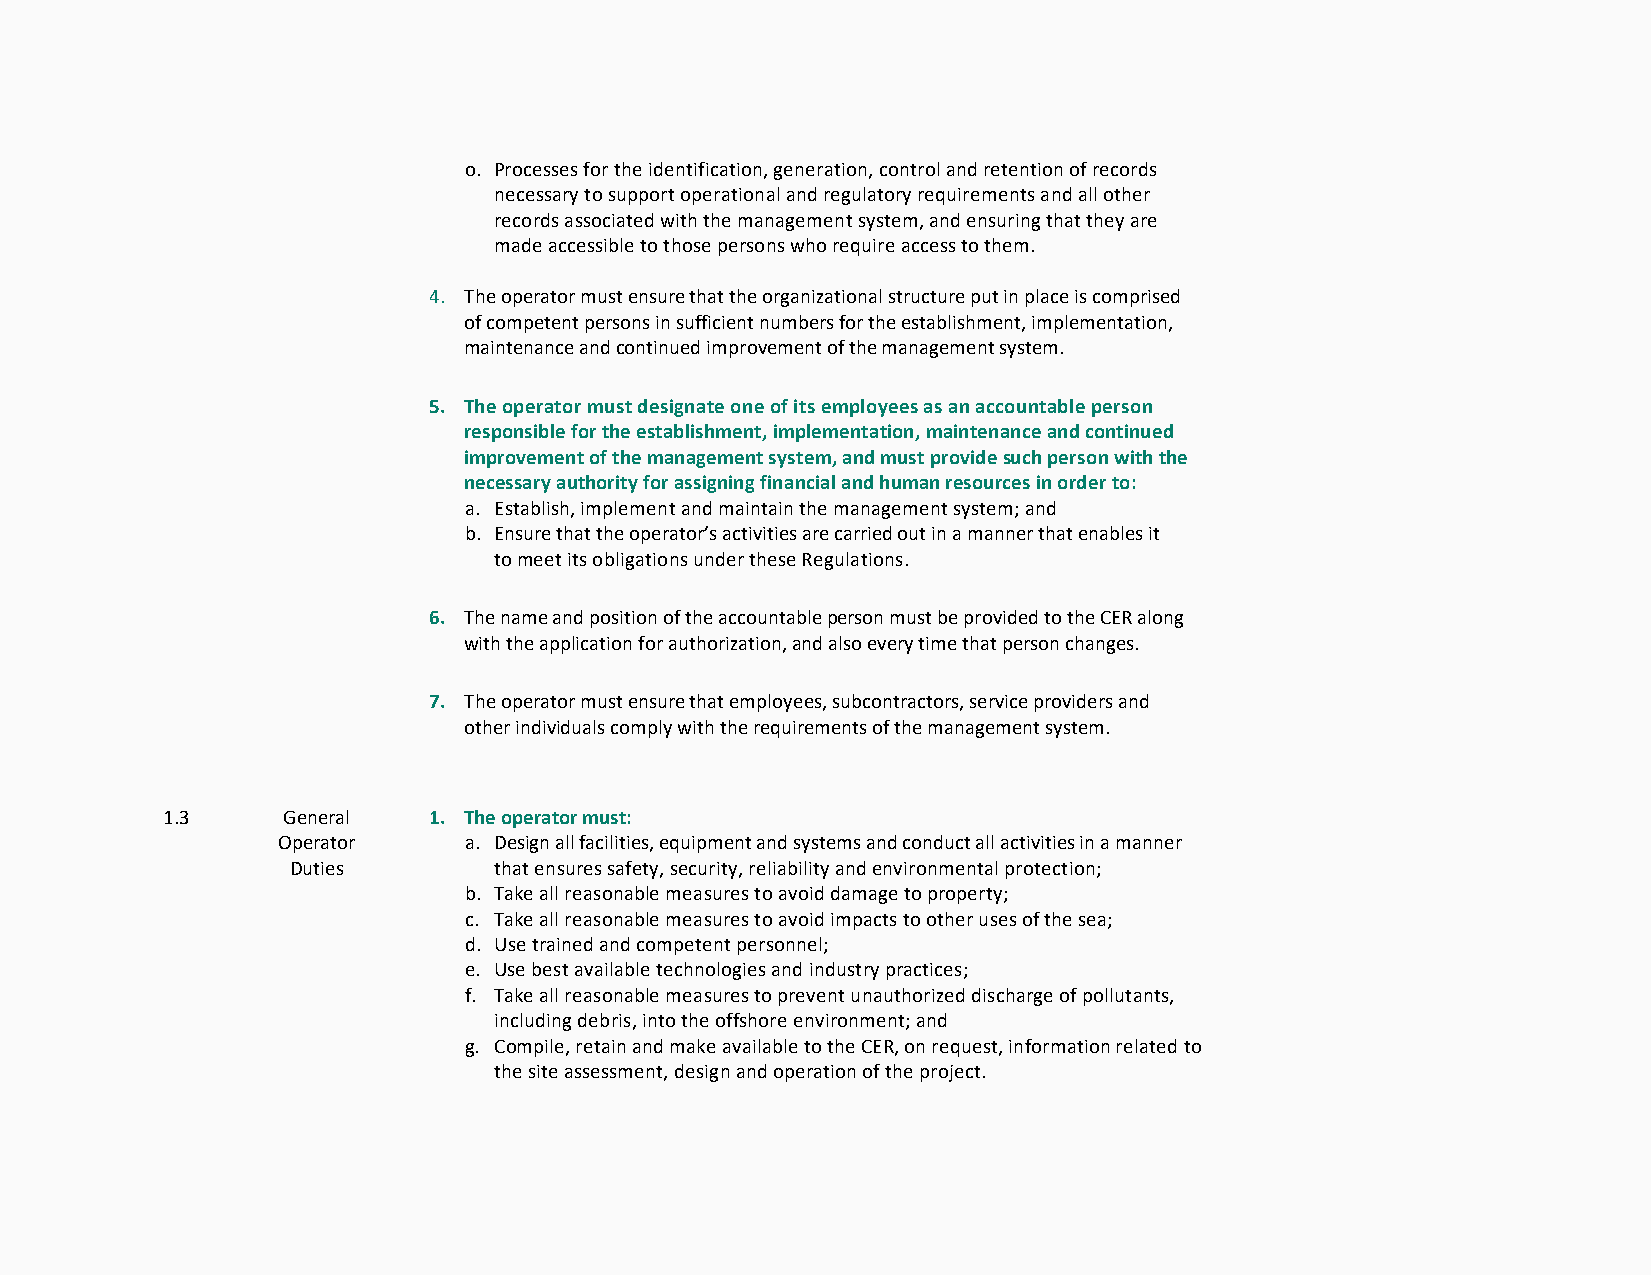
o. Processes for the identification, generation, control and retention of records
 necessary to support operational and regulatory requirements and all other
 records associated with the management system, and ensuring that they are
 made accessible to those persons who require access to them.
 4. The operator must ensure that the organizational structure put in place is comprised
 of competent persons in sufficient numbers for the establishment, implementation,
 maintenance and continued improvement of the management system.
 5. The operator must designate one of its employees as an accountable person
 responsible for the establishment, implementation, maintenance and continued
 improvement of the management system, and must provide such person with the
 necessary authority for assigning financial and human resources in order to:
 a. Establish, implement and maintain the management system; and
 b. Ensure that the operator’s activities are carried out in a manner that enables it
 to meet its obligations under these Regulations.
 6. The name and position of the accountable person must be provided to the CER along
 with the application for authorization, and also every time that person changes.
 7. The operator must ensure that employees, subcontractors, service providers and
 other individuals comply with the requirements of the management system.
 1.3     General  1. The operator must:
 Operator     a. Design all facilities, equipment and systems and conduct all activities in a manner
 Duties        that ensures safety, security, reliability and environmental protection;
 b. Take all reasonable measures to avoid damage to property;
 c. Take all reasonable measures to avoid impacts to other uses of the sea;
 d. Use trained and competent personnel;
 e. Use best available technologies and industry practices;
 f. Take all reasonable measures to prevent unauthorized discharge of pollutants,
 including debris, into the offshore environment; and
 g. Compile, retain and make available to the CER, on request, information related to
 the site assessment, design and operation of the project.